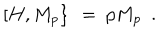
\left[ \left. H , M _ { p } \right\} \right. \ = \ p M _ { p } \ \ .